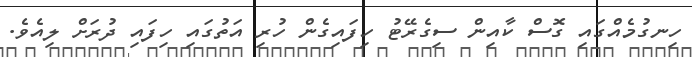
ހިނގުމެއްގައި ގޮސް ކާއިން ސިގެރޭޓު ހިފައިގެން ހުރި އަތުގައި ހިފައި ދުރަށް ލިއެވެ.